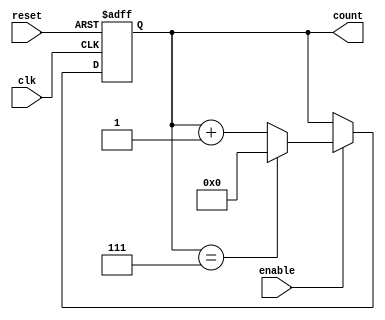
module ModuloN_Up_Counter (
    input wire clk,   // Clock input
    input wire reset, // Reset input
    input wire enable, // Enable signal
    output reg [N-1:0] count // Output count signal
);

parameter N = 8; // Define the value of N

always @(posedge clk or posedge reset) begin
    if (reset) begin
        count <= 0;
    end else if (enable) begin
        if (count == N-1) begin
            count <= 0;
        end else begin
            count <= count + 1;
        end
    end
end

endmodule